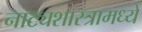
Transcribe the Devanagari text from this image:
नाट्यशास्त्रामध्ये